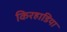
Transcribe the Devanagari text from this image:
किरहाडिया